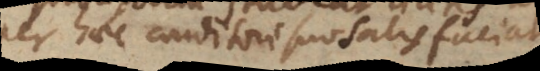
per haec conditori suo satisfaciat